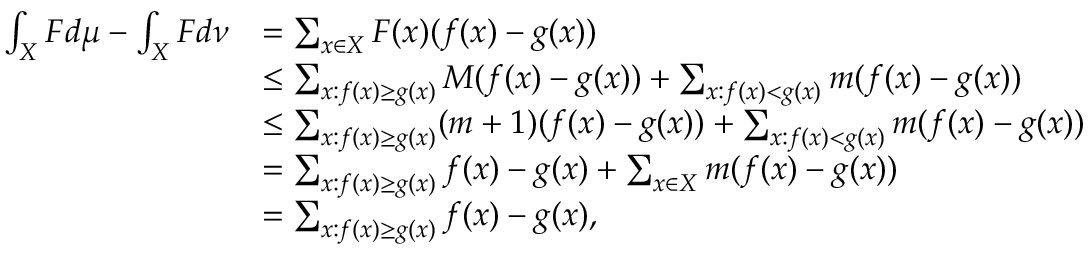
\begin{array} { r l } { \int _ { X } F d \mu - \int _ { X } F d \nu } & { = \sum _ { x \in X } F ( x ) ( f ( x ) - g ( x ) ) } \\ & { \leq \sum _ { x : f ( x ) \geq g ( x ) } M ( f ( x ) - g ( x ) ) + \sum _ { x : f ( x ) < g ( x ) } m ( f ( x ) - g ( x ) ) } \\ & { \leq \sum _ { x : f ( x ) \geq g ( x ) } ( m + 1 ) ( f ( x ) - g ( x ) ) + \sum _ { x : f ( x ) < g ( x ) } m ( f ( x ) - g ( x ) ) } \\ & { = \sum _ { x : f ( x ) \geq g ( x ) } f ( x ) - g ( x ) + \sum _ { x \in X } m ( f ( x ) - g ( x ) ) } \\ & { = \sum _ { x : f ( x ) \geq g ( x ) } f ( x ) - g ( x ) , } \end{array}